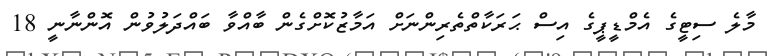
މާލެ ސިޓީގެ އެމްޑީޕީގެ އިސް ޙަރަކާތްތެރިންނަށް އަމާޒުކޮށްގެން ބާއްވާ ބައްދަލުވުން އޮންނާނީ 18